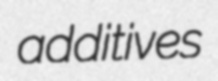
additives